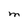
Character: M